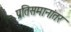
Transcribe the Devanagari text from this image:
प्रतिसमानांतर